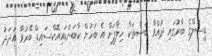
ޑީސަލްގެ ބާރުގައި ދުއްވާ ބަސްތަކާ ހިލާފަށް އެ ބަހުން ކާބަންޑައިއޮކްސައިޑް ބޭރުވާ އަދަދު